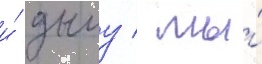
и́ дыму / мы́